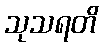
သုသရတိ